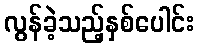
လွန်ခဲ့သည့်နှစ်ပေါင်း